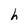
Character: h